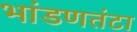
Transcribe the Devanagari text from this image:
भांडणतंटा